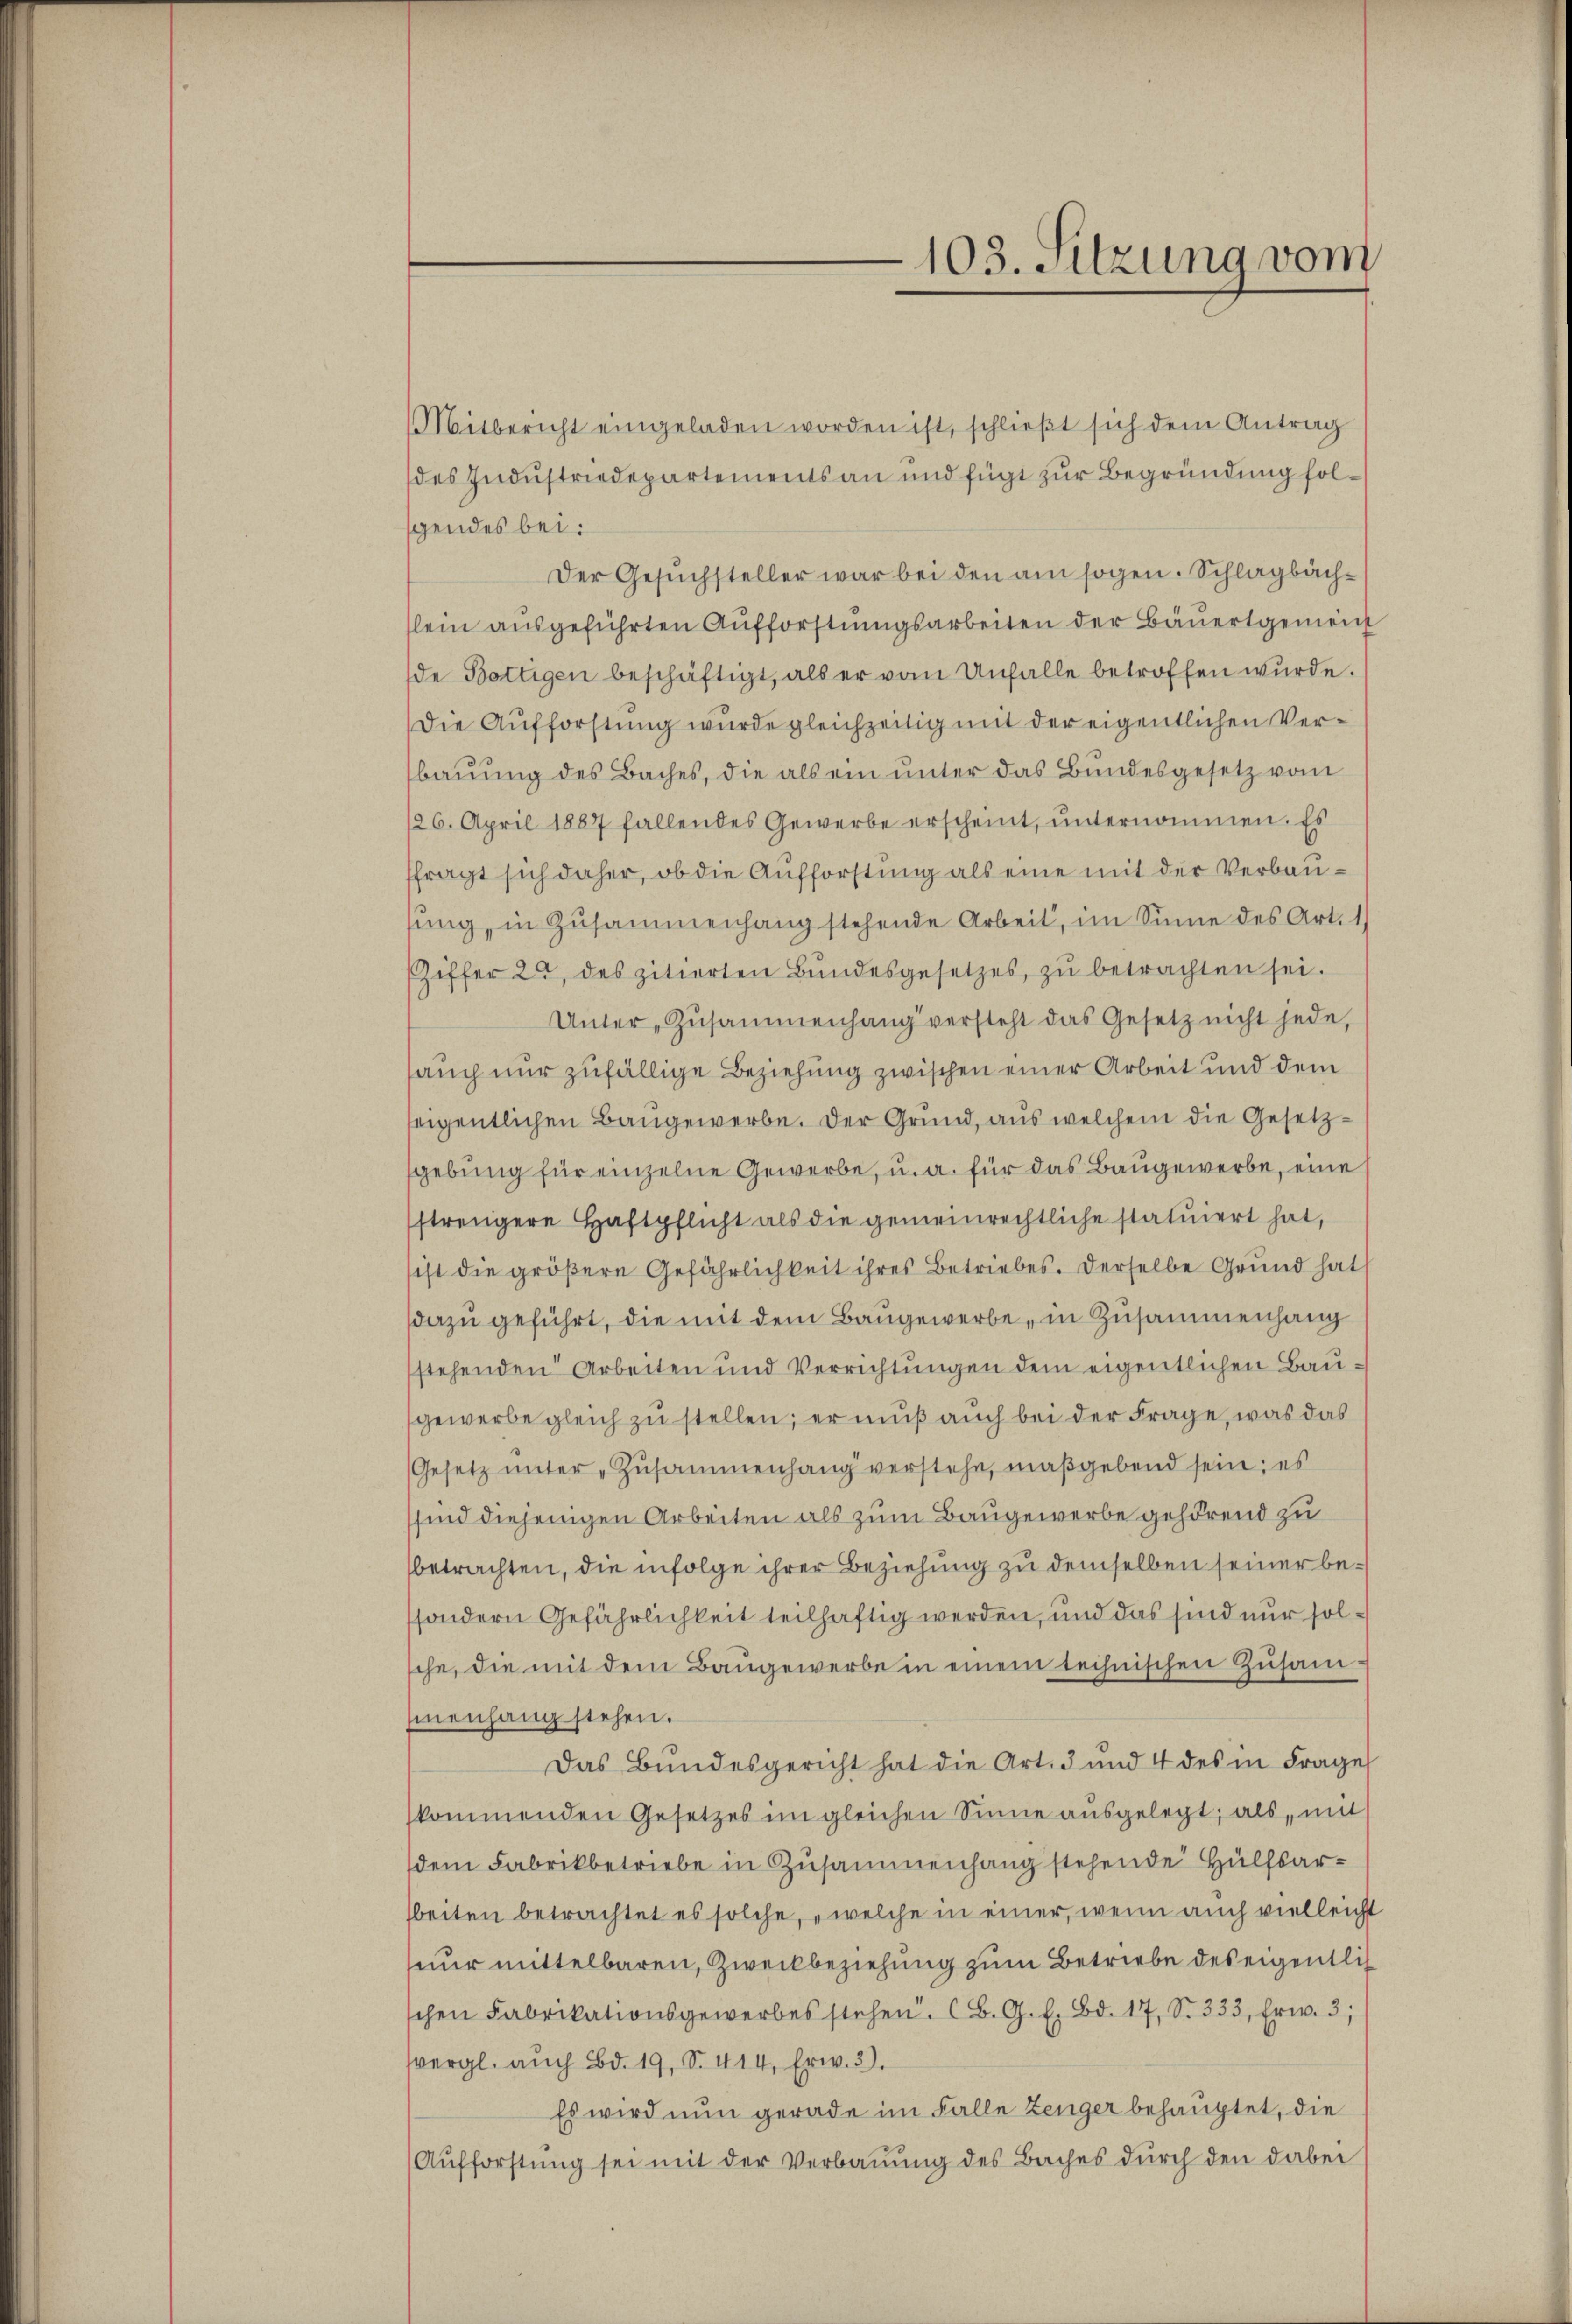
Mitbericht eingeladen worden ist, schlieβt sich dem Antrag
des Industriedepartements an und fügt zur Begründung folgendes bei:
Der Gesuchsteller war bei den am sogen. Schlagbachslein ausgeführten Aufforstungsarbeiten der Bäuertgemein
de Bottigen beschäftigt, als er vom Unfalle betroffen wurde.
Die Aufforstung wurde gleichzeitig mit der eigentlichen Verbauung des Baches, die als ein unter das Bundesgesetz vom
126. April 1887 fallendes Gewerbe erscheint, ŭnternommen. Es
ffragt sich daher, ob die Aufforstung als eine mit der Verbausung, in Zusammenhang stehende Arbeit, im Sinne des Art. 1
Ziffer 22 des zitierten Bundesgesetzes, zu betrachten sei.
Unter Zŭsammenhang versteht das Gesetz nicht jede,
sauch nur zufällige Beziehung zwischen einer Arbeit und dem
teigentlichen Baugewerbe. Der Grund, aus welchem die Gesetzgebung für einzelne Gewerbe, u. a. für das Baugewerbe, eine
strengere Haftpflicht als die gemeinrechtliche statuiert hat,
sist die größere Gefährlichkeit ihres Betriebes. Derselbe Grund hat
dazu geführt, die mit dem Baugewerbe, in Zusammenhang
stehenden Arbeiten und Verrichtungen dem eigentlichen Baugewerbe gleich zu stellen; er muß auch bei der Frage, was das
Gesetz unter „Zusammenhang verstehe, maßgebend sein; es
ssind diejenigen Arbeiten als zum Baugewerbe gehörend zu
betrachten, die infolge ihrer Beziehung zu demselben seiner besondern Gefährlichkeit teilhaftig werden, und das sind nur solsche, die mit dem Bangewerbe in einem technischen Zusam
menhang stehen.
Das Bundesgericht hat die Art. 3 und 4 des in Frage
kommenden Gesetzes im gleichen Sinne aŭsgelegt, als, mit
dem Fabrikbetriebe in Zusammenhang stehende Hülfsarbeiten betrachtet es solche, „welche in einer, wenn auch vielleicht
nur mittelbaren, Zweckbeziehung zum Betriebe des eigentlich
chen Fabrikationsgewerbes stehen. B. G. l. Bd. 17, S. 333, Erw. 3;
svergl. auch Bd. 19, S. 414, Erw. 3).
Es wird nun gerade im Falle Zeuger behauptet, die
Aufforstung sei mit der Verbauung des Baches durch den dabei

103. Sitzung vom